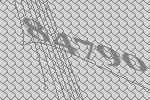
84790